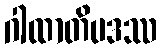
ဂါထာတိပဒဿ